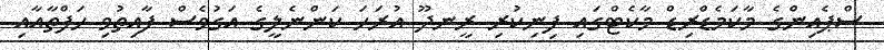
ސްޕެއިންގެ މާކަމެޑްރިޑް މާކެޓްގައި ފިނިކުރި ރީނދޫ އުރަހަ ކަންނެލީގެ އަގުވެސް ފާއިތުވި ހަފްތާއާއި